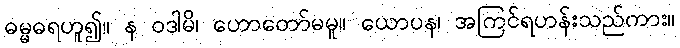
ဓမ္မဓရဟူ၍။ န ဝဒါမိ၊ ဟောတော်မမူ။ ယောပန၊ အကြင်ရဟန်းသည်ကား။